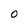
Character: 0